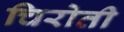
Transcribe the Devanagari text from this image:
चिरोती